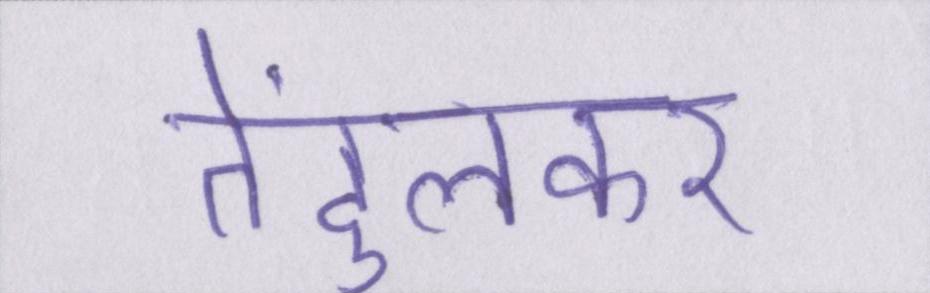
तेंदुलकर